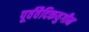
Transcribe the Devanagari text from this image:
पूर्ववैदिकयुगीन